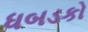
ધબડકો